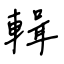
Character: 輯